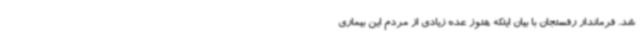
شد. فرماندار رفسنجان با بیان اینکه هنوز عده زیادی از مردم این بیماری